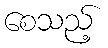
စေသည့်